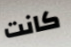
كانت